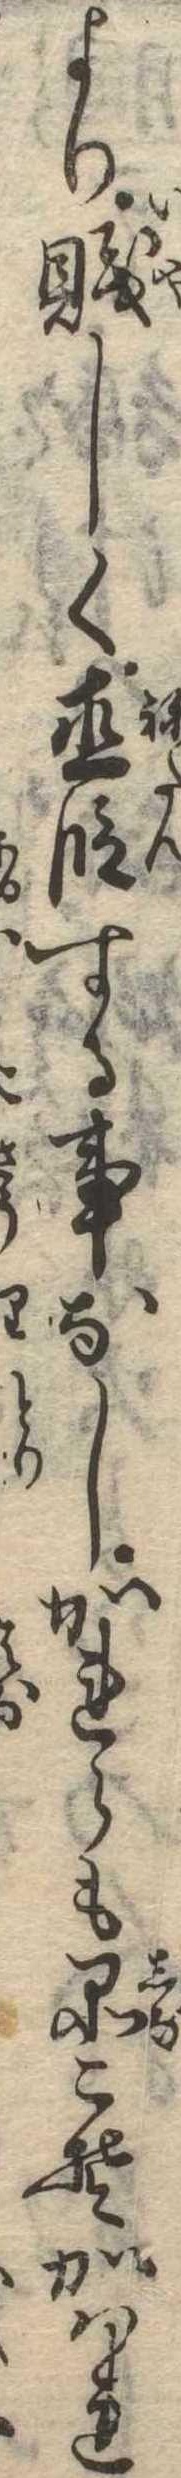
より賎しく直段する事なしかれらも品こそかはれ